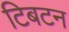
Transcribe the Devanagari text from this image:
टिबटन